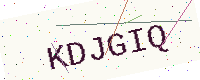
Text: KDJGIQ